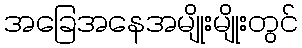
အခြေအနေအမျိုးမျိုးတွင်